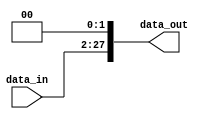
module shift_left2_26to28(
    input wire [25:0] data_in,
    output wire [27:0] data_out
);

    wire [27:0] A1;

    assign A1 = {{2{1'b0}}, data_in};
    assign data_out = A1 << 2;

endmodule